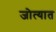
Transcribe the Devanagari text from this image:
जोत्यात